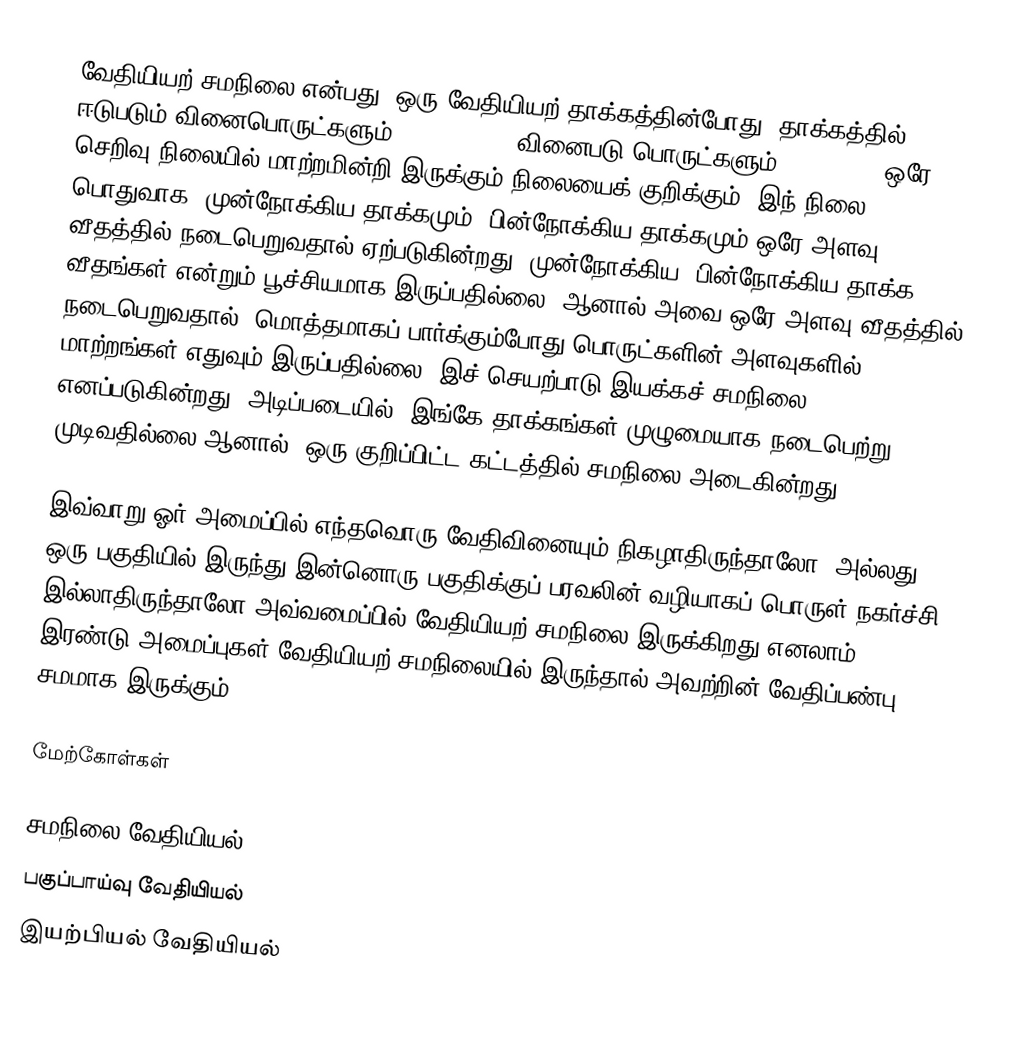
வேதியியற் சமநிலை என்பது, ஒரு வேதியியற் தாக்கத்தின்போது, தாக்கத்தில் ஈடுபடும் வினைபொருட்களும் (reactants), வினைபடு பொருட்களும்(products), ஒரே செறிவு நிலையில் மாற்றமின்றி இருக்கும் நிலையைக் குறிக்கும். இந் நிலை, பொதுவாக, முன்நோக்கிய தாக்கமும், பின்நோக்கிய தாக்கமும் ஒரே அளவு வீதத்தில் நடைபெறுவதால் ஏற்படுகின்றது. முன்நோக்கிய, பின்நோக்கிய தாக்க வீதங்கள் என்றும் பூச்சியமாக இருப்பதில்லை, ஆனால் அவை ஒரே அளவு வீதத்தில் நடைபெறுவதால், மொத்தமாகப் பார்க்கும்போது பொருட்களின் அளவுகளில் மாற்றங்கள் எதுவும் இருப்பதில்லை. இச் செயற்பாடு இயக்கச் சமநிலை எனப்படுகின்றது. அடிப்படையில், இங்கே தாக்கங்கள் முழுமையாக நடைபெற்று முடிவதில்லை ஆனால், ஒரு குறிப்பிட்ட கட்டத்தில் சமநிலை அடைகின்றது.

இவ்வாறு ஓர் அமைப்பில் எந்தவொரு வேதிவினையும் நிகழாதிருந்தாலோ, அல்லது ஒரு பகுதியில் இருந்து இன்னொரு பகுதிக்குப் பரவலின் வழியாகப் பொருள் நகர்ச்சி இல்லாதிருந்தாலோ அவ்வமைப்பில் வேதியியற் சமநிலை இருக்கிறது எனலாம். இரண்டு அமைப்புகள் வேதியியற் சமநிலையில் இருந்தால் அவற்றின் வேதிப்பண்பு சமமாக இருக்கும்.

மேற்கோள்கள்

சமநிலை வேதியியல்
பகுப்பாய்வு வேதியியல்
இயற்பியல் வேதியியல்